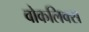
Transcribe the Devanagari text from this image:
वोकलिक्स